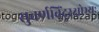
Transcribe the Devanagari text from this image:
सुवर्णबिंदुरक्षोभ्यः